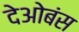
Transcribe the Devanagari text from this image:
देओबंस